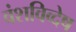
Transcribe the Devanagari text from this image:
वंशविव्देष